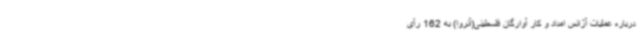
درباره عملیات آژانس امداد و کار آوارگان فلسطینی(آنروا) به 162 رأی